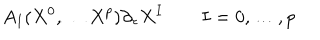
A _ { I } ( X ^ { 0 } , \dots X ^ { p } ) \partial _ { \tau } X ^ { I } \qquad I = 0 , \dots , p